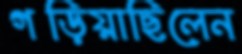
গড়িয়াছিলেন